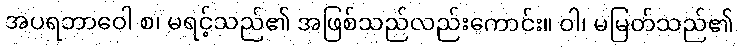
အပရဘာဝေါ စ၊ မရင့်သည်၏ အဖြစ်သည်လည်းကောင်း။ ဝါ၊ မမြတ်သည်၏